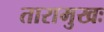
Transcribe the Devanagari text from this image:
तारामुखः